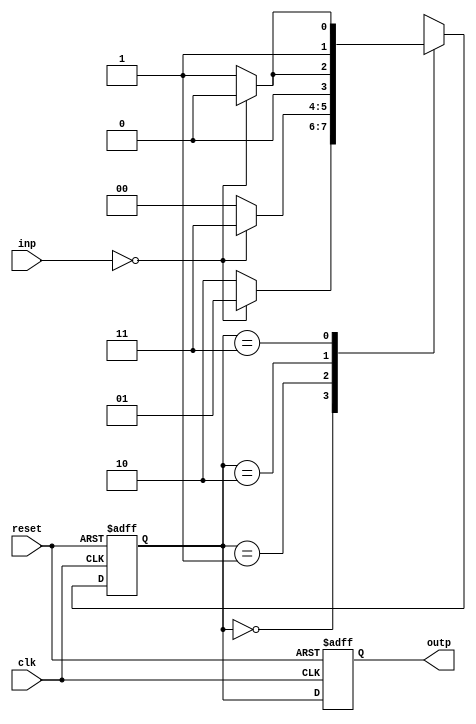
module fsm (
    input wire clk,
    input wire reset,
    input wire [1:0] inp,
    output reg [1:0] outp
);

parameter S0 = 2'b00;
parameter S1 = 2'b01;
parameter S2 = 2'b10;
parameter S3 = 2'b11;

reg [1:0] state, next_state;

always @(posedge clk or posedge reset) begin
    if (reset) begin
        state <= S0;
    end else begin
        state <= next_state;
    end
end

always @(*) begin
    case(state)
        S0: begin
            if (inp == 2'b00) begin
                next_state = S1;
            end else begin
                next_state = S2;
            end
        end
        S1: begin
            if (inp == 2'b00) begin
                next_state = S3;
            end else begin
                next_state = S0;
            end
        end
        S2: begin
            if (inp == 2'b00) begin
                next_state = S0;
            end else begin
                next_state = S1;
            end
        end
        S3: begin
            if (inp == 2'b00) begin
                next_state = S2;
            end else begin
                next_state = S3;
            end
        end
    endcase
end

always @(posedge clk or posedge reset) begin
    if (reset) begin
        outp <= S0;
    end else begin
        outp <= state;
    end
end

endmodule